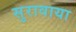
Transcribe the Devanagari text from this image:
सुरावाया